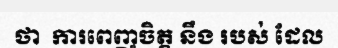
ថា  ការពេញចិត្ត នឹង របស់ ដែល